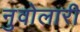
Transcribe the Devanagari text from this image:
नुवोलारी